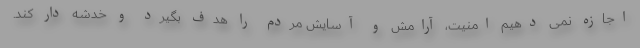
اجازه نمی دهیم امنیت، آرامش و آسایش مردم را هدف بگیرد و خدشه دار کند.